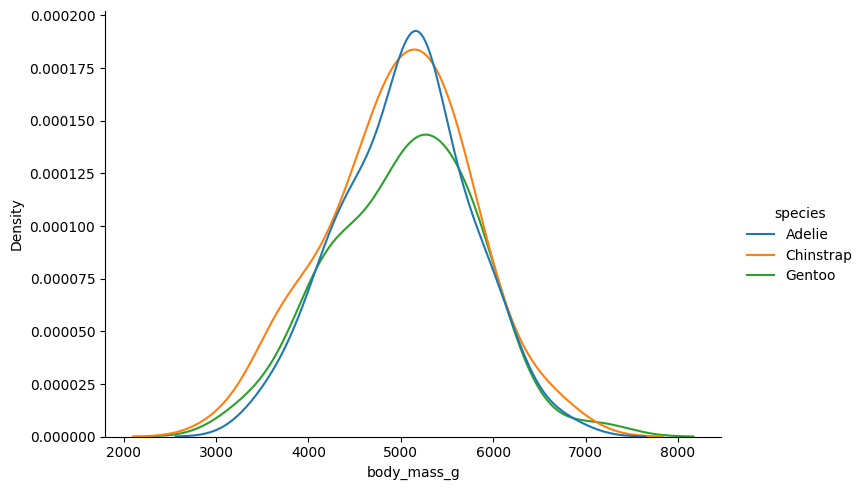
python, seaborn, displot, kind='kde', column='body_mass_g', hue='species', height=5, aspect=1.5